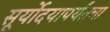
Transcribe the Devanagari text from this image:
सूर्योदयापर्यंतचा